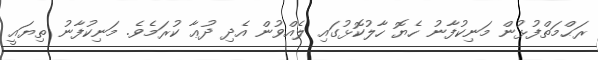
ރަޙްމަތްފުޅުން މަނިކުފާނު ހެޔޮ ހާލުކޮޅުގައި ލެއްވުން އެދި ދުޢާ ކުރަމެވެ. މަނިކުފާނު ތިޔައީ